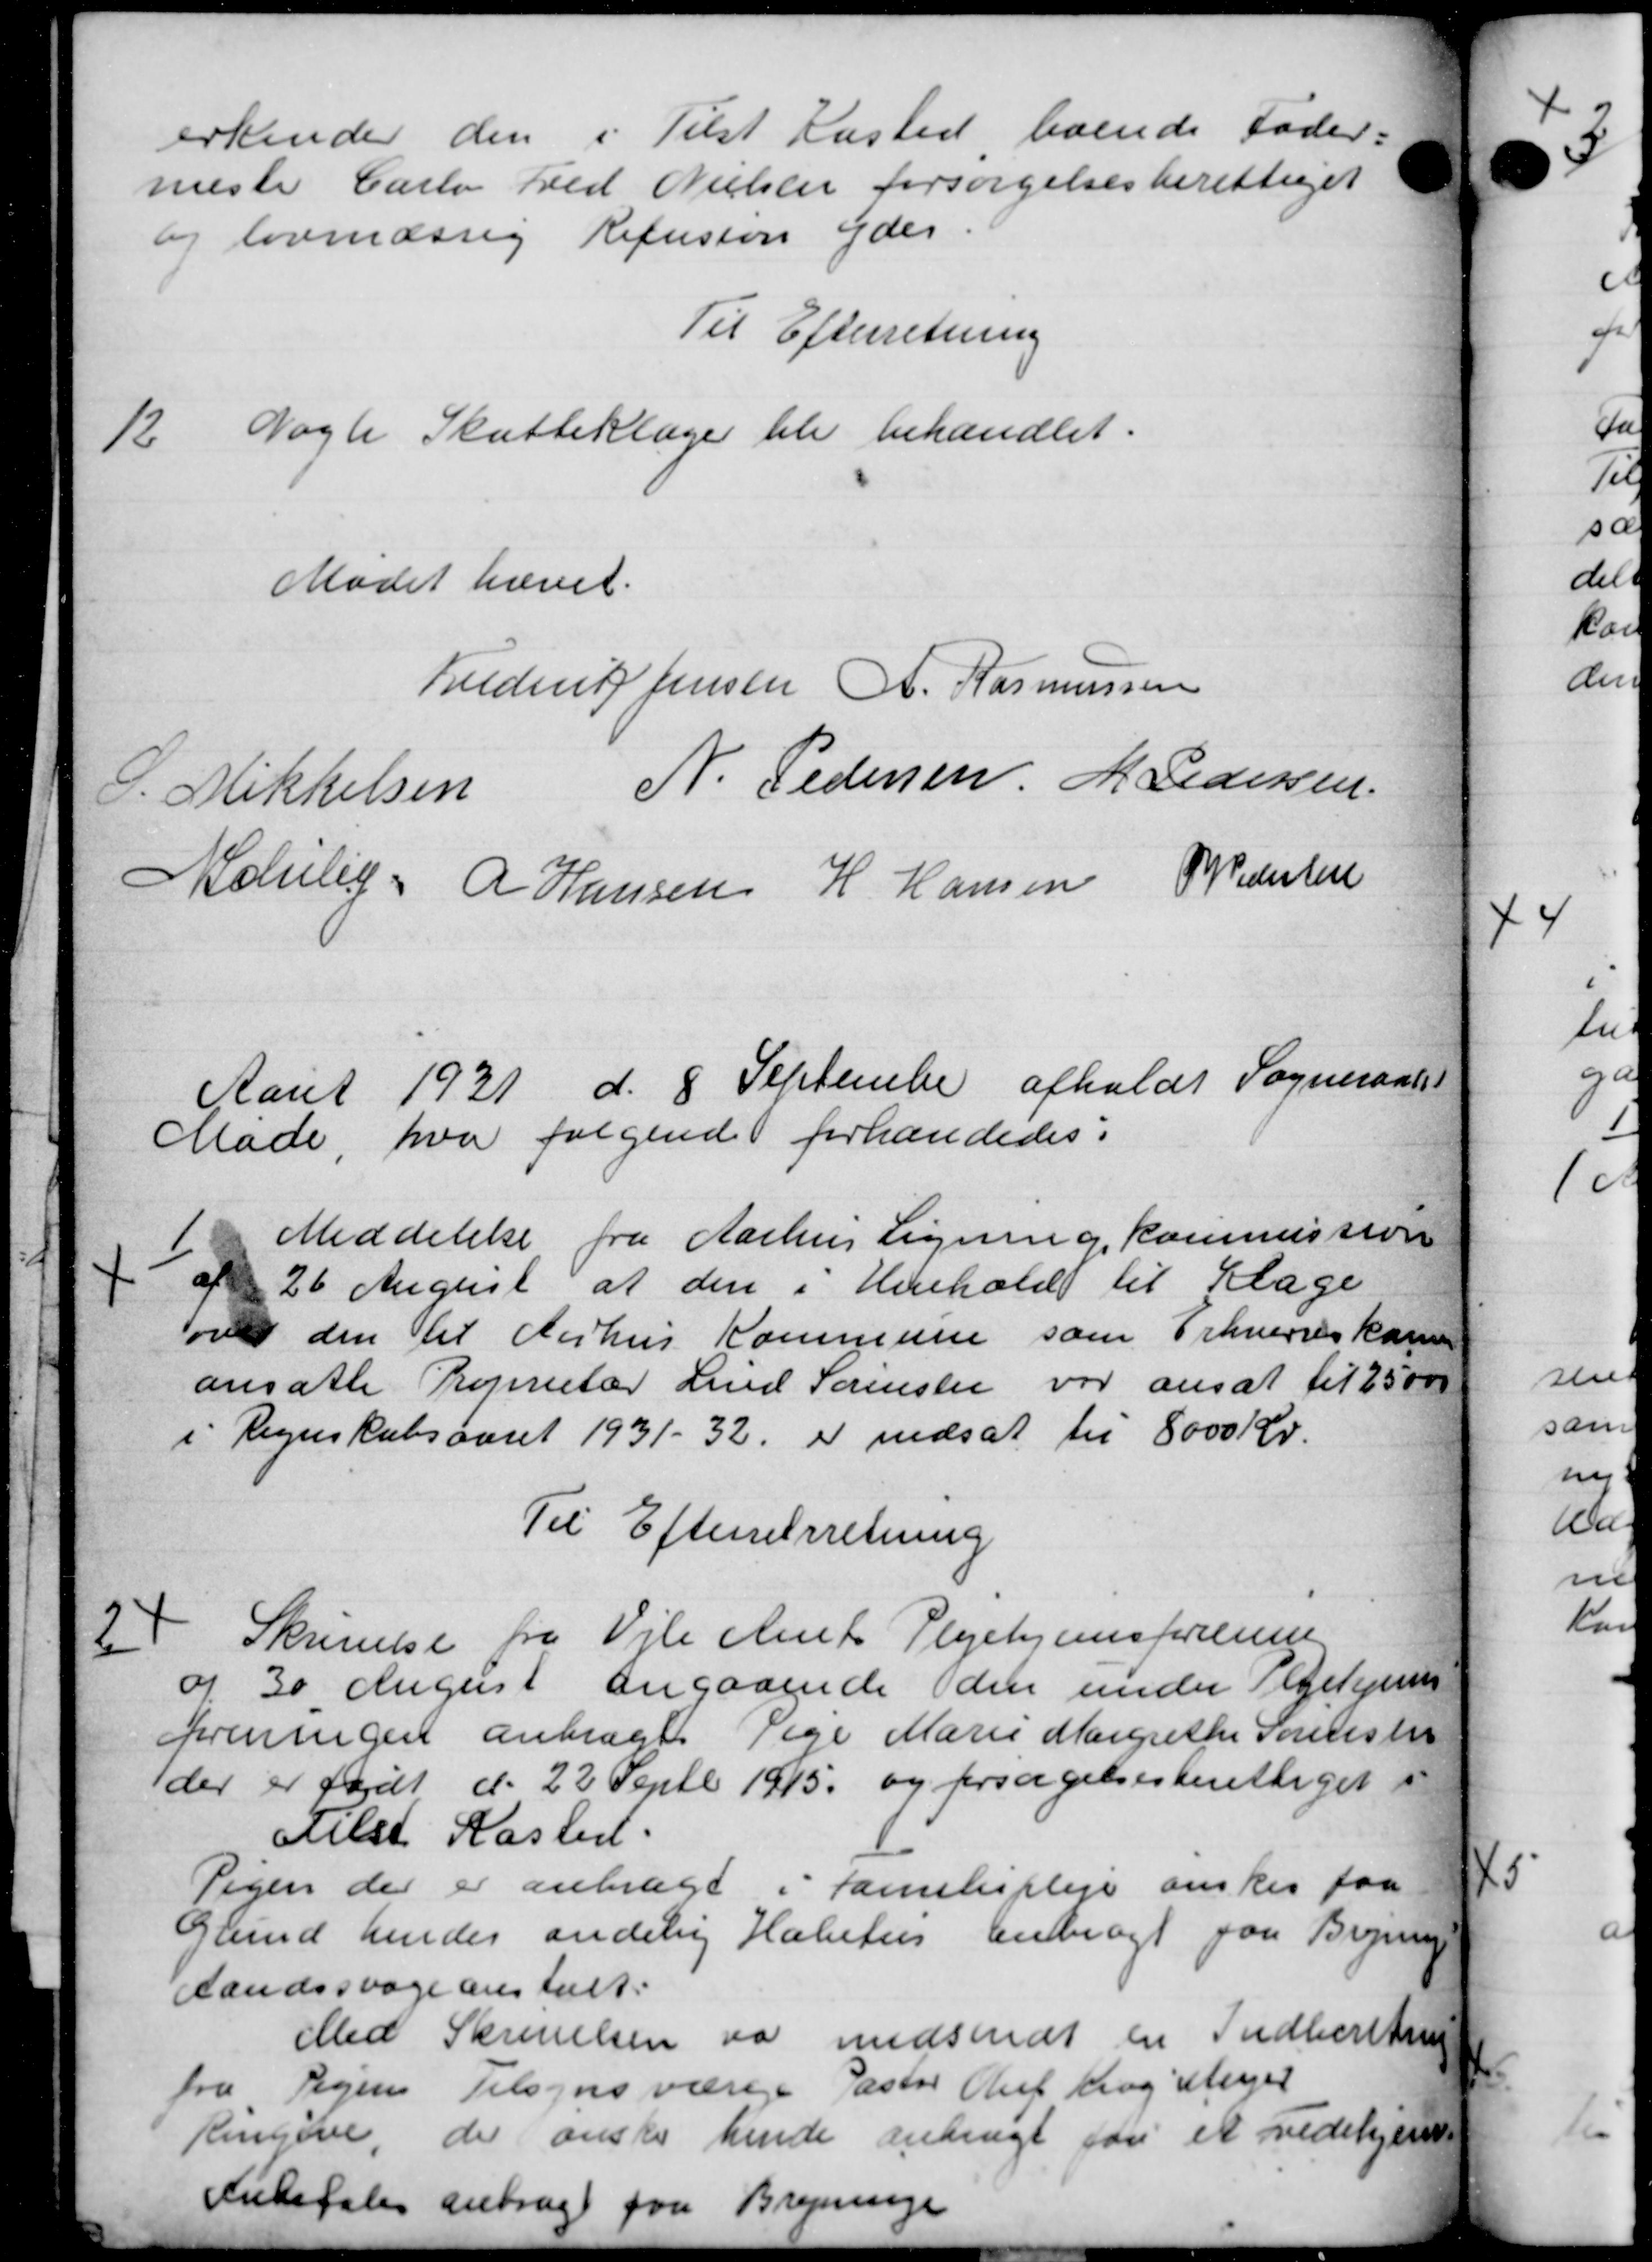
Transskription:
erkender den i Tilst Kasted, boende Foder-
meste Carlo Fred Nielsen forsørgelsesberettiget
og lovmæssig Refusion yder
Til Efterretning
12
Nogle Skatteklager ble behandlet.
Mødet hævet.
Frederik Jensen A. Rasmussen
P. Mikkelsen N. Pedersen M Pedersen
Mclulig A Hansen H Hansen P Pedersen
Aaret 1931 d. 8 September afholdt Sogneraads
Møde, hvor følgende forhandledes:
1
Meddelelse fra Aarhus Ligning, kommission
af 26 August af den i Henhold til Klage
om den til Aarhus Kommune som Erhvervskom
ansatte Trejerietær Lund Sørensen var ansat til 25000
i Regnskabsaaret 1931 - 32 er nedsat til 8000 Kr.
Til Efterretretning
2
Skrivelse fra Vile Amts Plejehjemsforrening
af 30 August angaaende den under i Gehjems
foreningen anbragt Pige Marie Margrethe Sørensen
der er født d. 22 Septb. 1915 og forsagelsesberettiget i
Melst Kasted.
Pigen der er anbragt i Familiepleje ønskes faa
Glund hendes andelig Halvhus anbragt paa Braun
Aandssvageanstalt.
Med Skrivelsen var indsendt en Indberetning
fra Vejen Tilsynsvæsene Pastor Oluf Krog Mejer
Ringive der ønske hende anbragt som et Ledehjem
Anbefales anbragt paa Bregninge